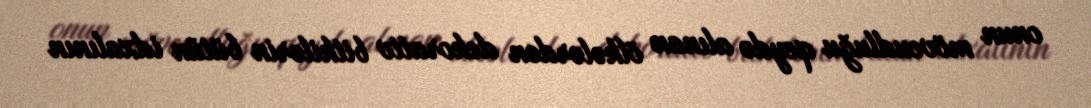
onun mövcudluğu qeydə alınan ölkələrdən dekorativ bitkilərin bütün idxalının